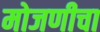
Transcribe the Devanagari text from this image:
मोजणीचा